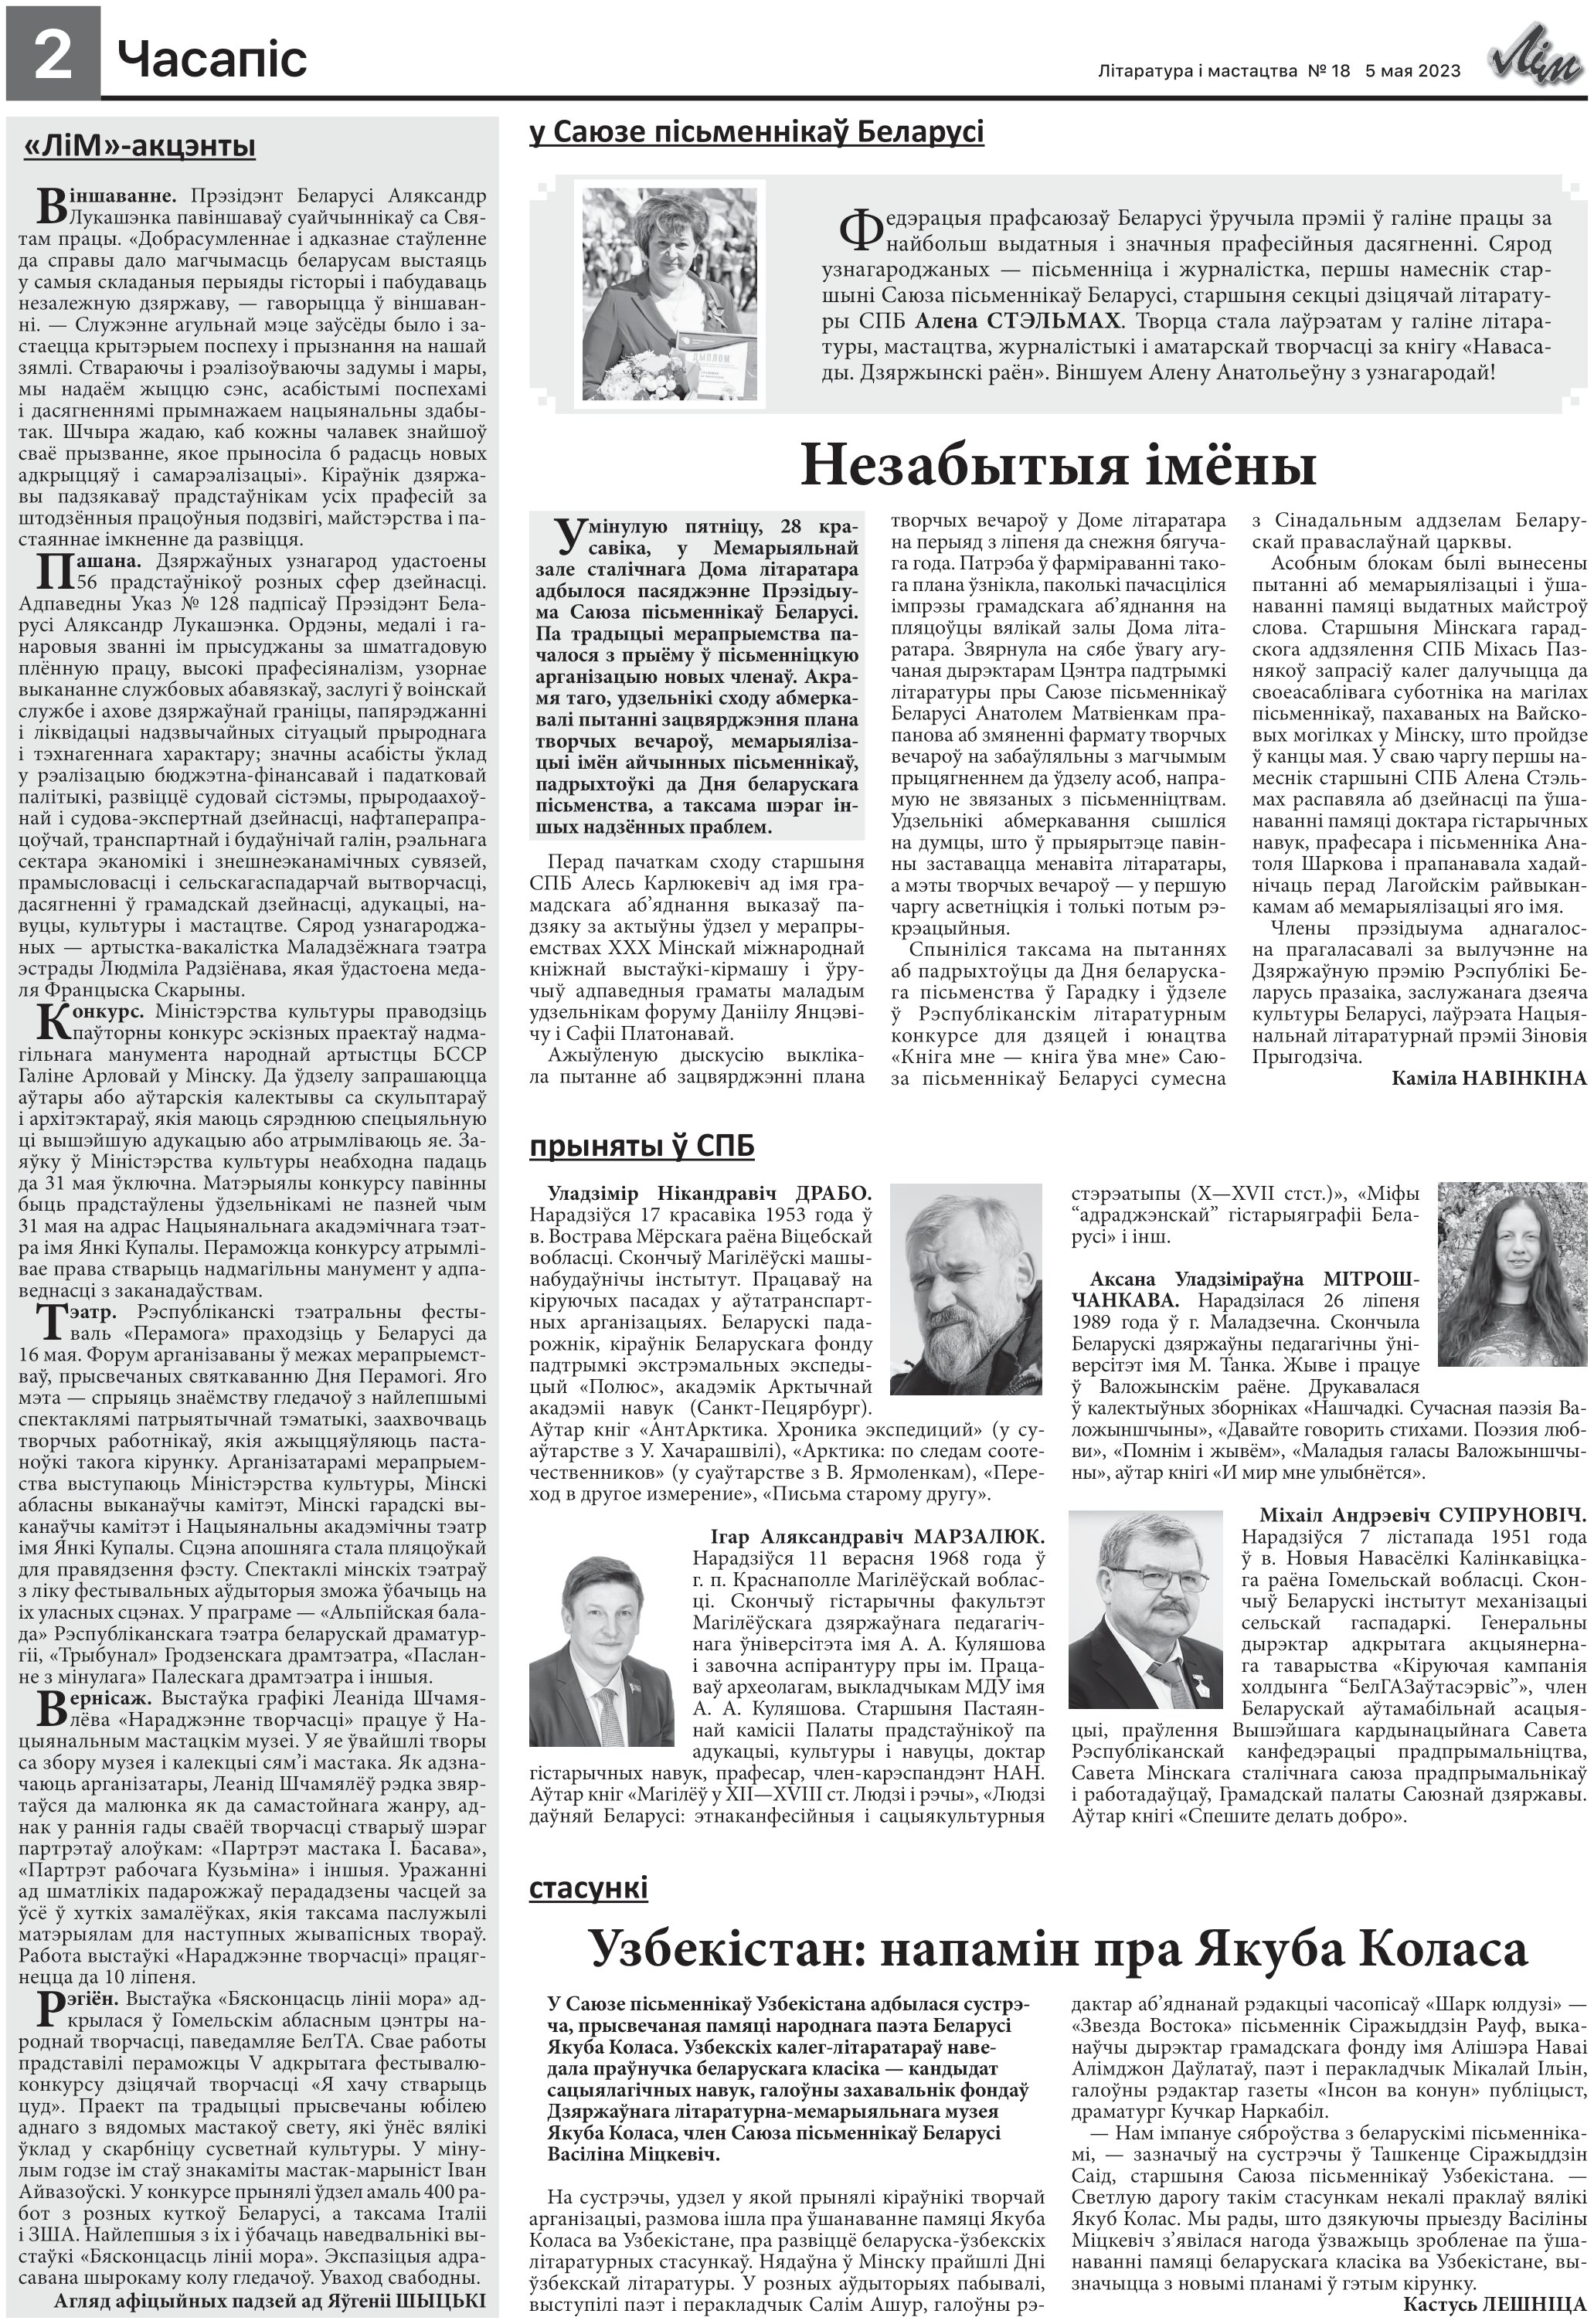
Language: be